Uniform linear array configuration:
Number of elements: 16
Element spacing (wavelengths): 0.75
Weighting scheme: exponential
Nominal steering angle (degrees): -45
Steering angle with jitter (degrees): -46.819
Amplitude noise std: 0.05
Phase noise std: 0.05

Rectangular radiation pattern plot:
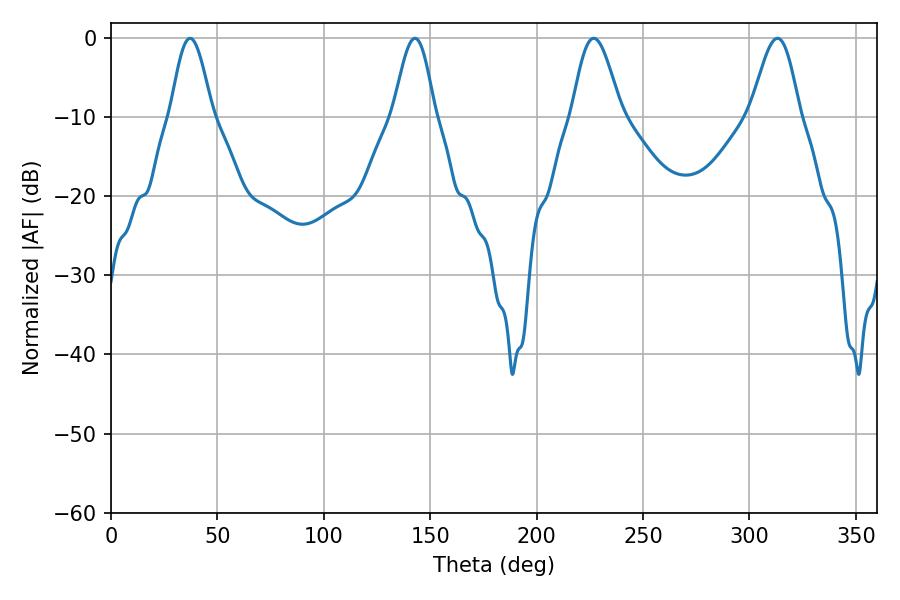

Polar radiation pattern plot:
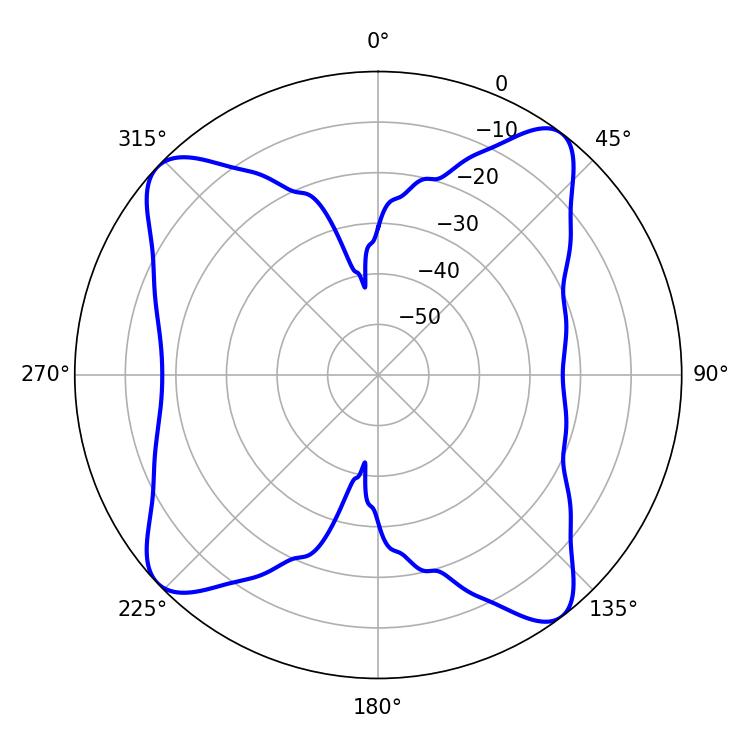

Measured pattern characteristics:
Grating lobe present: TRUE
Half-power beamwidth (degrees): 12.24
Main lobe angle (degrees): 226.8